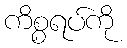
ကိစ္စရပ်ကို